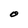
Character: O